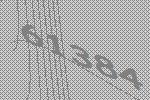
61384